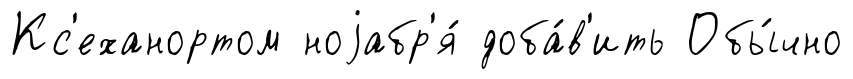
Кс'еханортом ноjабр'я́ доба́в'ить Обы́чно